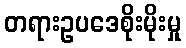
တရားဥပဒေစိုးမိုးမှု